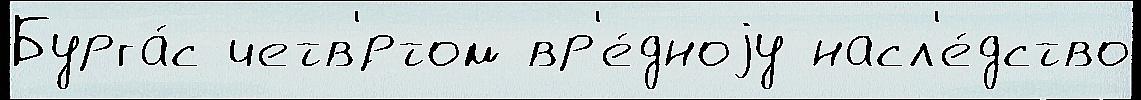
Бурга́с четв'́ртом вр'е́дноjу насл'е́дство